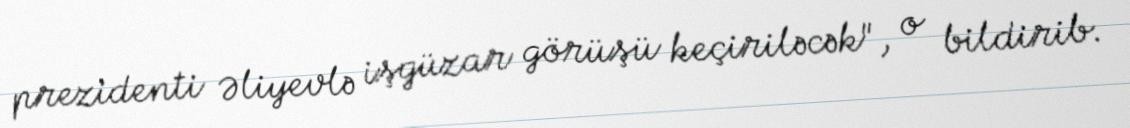
prezidenti Əliyevlə işgüzar görüşü keçiriləcək", o bildirib.